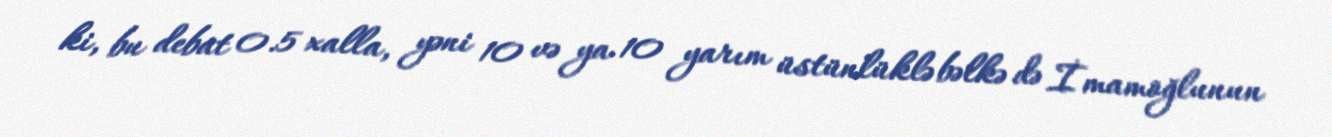
ki, bu debat 0.5 xalla, yəni 10 və ya 10 yarım üstünlüklə bəlkə də İmamoğlunun